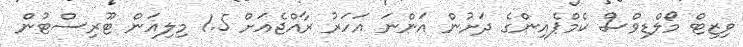
ވިޒިޓް މޯލްޑިވްސް ކެމްޕެއިންގެ ދަށުން އަންނަ އަހަރު ރާއްޖެއަށް 1.5 މިލިއަން ޓޫރިސްޓުން